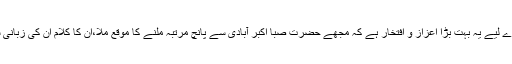
میرے لیے یہ بہت بڑا اعزاز و افتخار ہے کہ مجھے حضرت صبا اکبر آبادی سے پانچ مرتبہ ملنے کا موقع ملا،ان کا کلام ان کی زبانی سنا۔